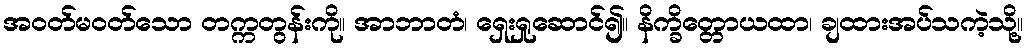
အဝတ်မဝတ်သော တက္ကတွန်းကို။ အာဘာတံ၊ ရှေးရှုဆောင်၍။ နိက္ခိတ္တောယထာ၊ ချထားအပ်သကဲ့သို့။